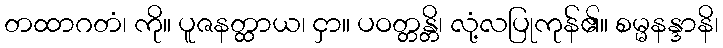
တထာဂတံ၊ ကို။ ပူဇနတ္ထာယ၊ ငှာ။ ပဝတ္တန္တိ၊ လုံ့လပြုကုန်၏။ စမ္မနန္ဒာနိ၊